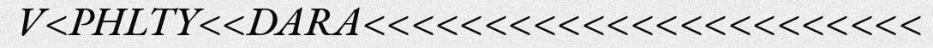
V<PHLTY<<DARA<<<<<<<<<<<<<<<<<<<<<<<